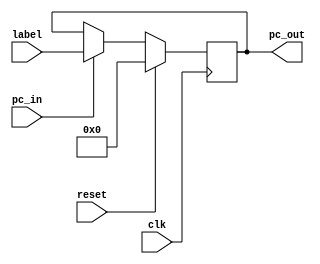
module programCounter(clk, label, pc_in, pc_out, reset);
	input [7:0] label;
	input clk, pc_in, reset;
	output reg [7:0] pc_out;
	initial
		begin
			$display("Program Counter");
			$monitor(" label = %b pc_in = %b pc_out = %b  ", label, pc_in, pc_out );
		end
	always@(posedge clk)
		begin	
			if(pc_in)
				begin
					pc_out = label;
				end
			if(reset)
				begin
					pc_out = 0;
				end
		end
endmodule